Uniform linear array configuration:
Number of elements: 4
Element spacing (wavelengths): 0.75
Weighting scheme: binomial
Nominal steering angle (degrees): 45
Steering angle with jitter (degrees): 44.589
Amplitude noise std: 0.05
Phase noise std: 0.05

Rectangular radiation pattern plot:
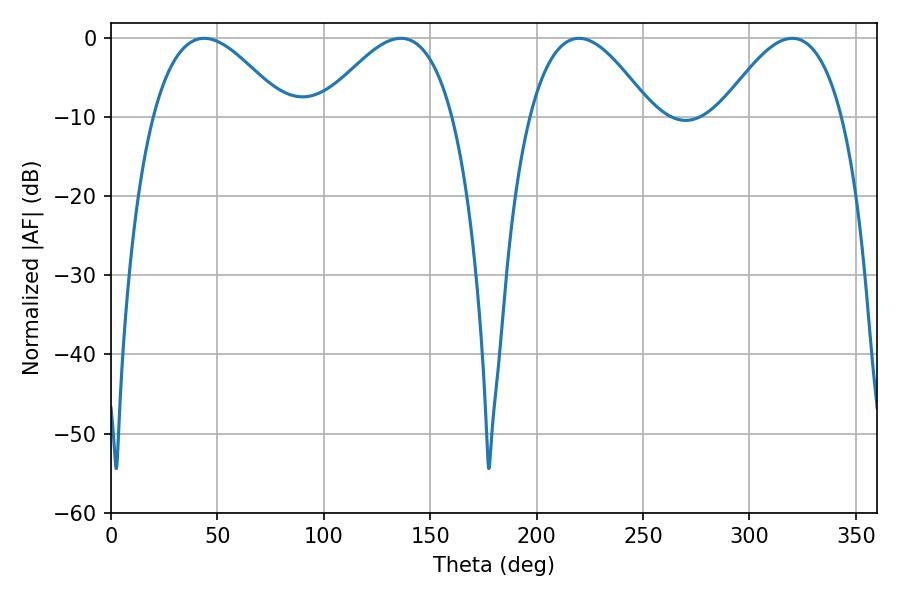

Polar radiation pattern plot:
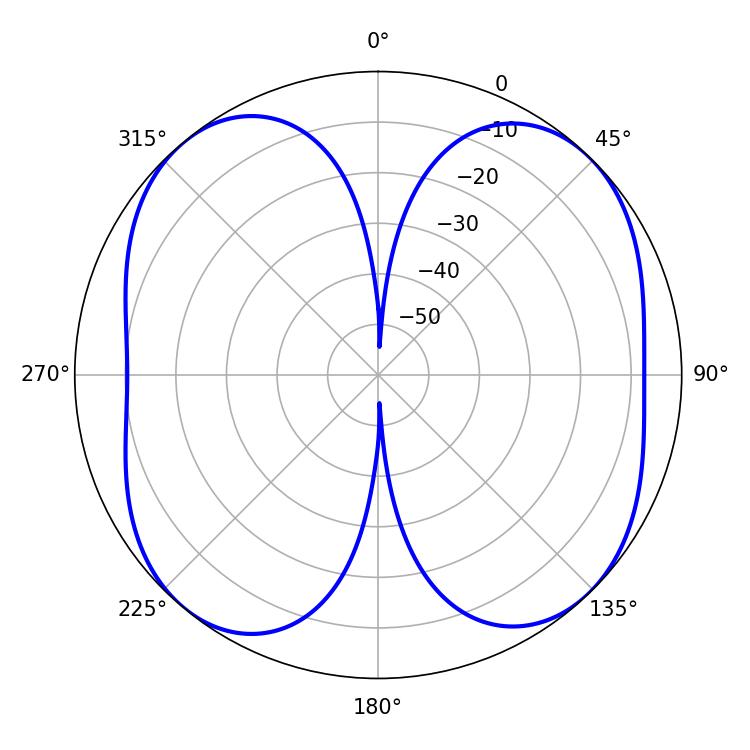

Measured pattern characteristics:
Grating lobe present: TRUE
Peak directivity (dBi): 11.649
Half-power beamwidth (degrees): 33.84
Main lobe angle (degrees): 43.74